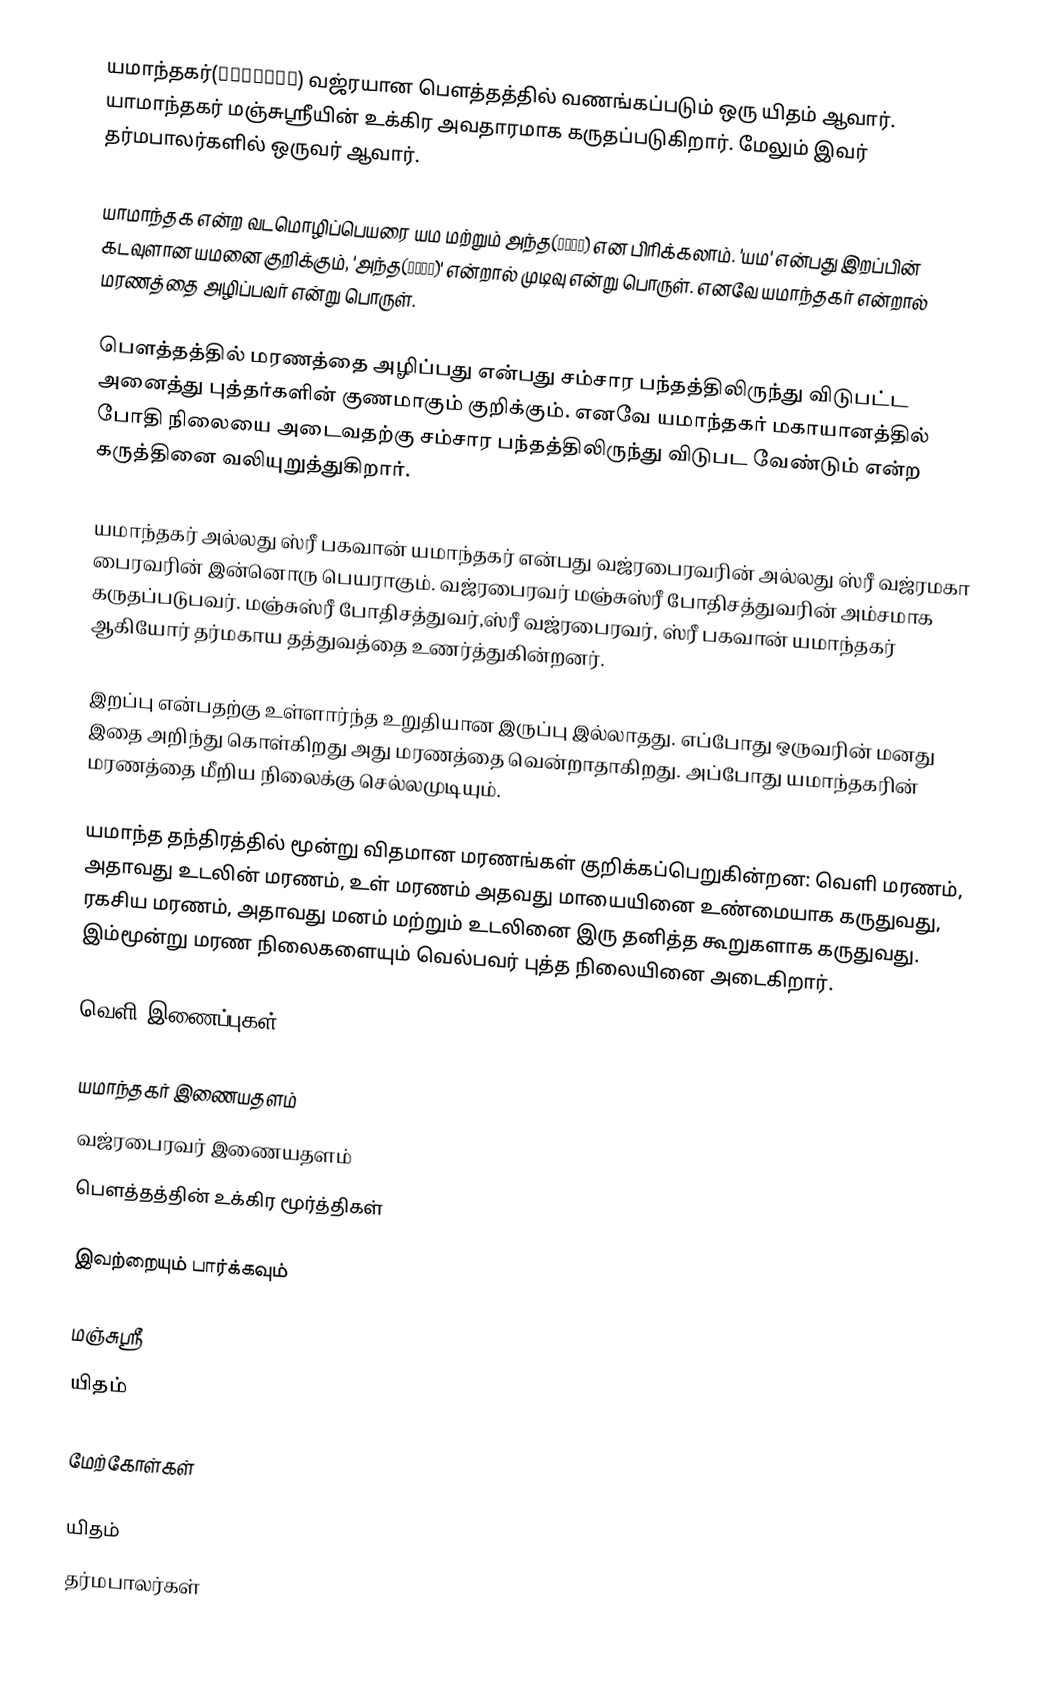
யமாந்தகர்(यमान्तक) வஜ்ரயான பௌத்தத்தில் வணங்கப்படும் ஒரு யிதம் ஆவார். யாமாந்தகர் மஞ்சுஸ்ரீயின் உக்கிர அவதாரமாக கருதப்படுகிறார். மேலும் இவர் தர்மபாலர்களில் ஒருவர் ஆவார்.

யாமாந்தக என்ற வடமொழிப்பெயரை யம மற்றும் அந்த(अन्त) என பிரிக்கலாம். 'யம' என்பது இறப்பின் கடவுளான யமனை குறிக்கும், 'அந்த(अन्त)' என்றால் முடிவு என்று பொருள். எனவே யமாந்தகர் என்றால் மரணத்தை அழிப்பவர் என்று பொருள்.

பௌத்தத்தில் மரணத்தை அழிப்பது என்பது சம்சார பந்தத்திலிருந்து விடுபட்ட அனைத்து புத்தர்களின் குணமாகும் குறிக்கும். எனவே யமாந்தகர் மகாயானத்தில் போதி நிலையை அடைவதற்கு சம்சார பந்தத்திலிருந்து விடுபட வேண்டும் என்ற கருத்தினை வலியுறுத்துகிறார்.

யமாந்தகர் அல்லது ஸ்ரீ பகவான் யமாந்தகர் என்பது வஜ்ரபைரவரின் அல்லது ஸ்ரீ வஜ்ரமகா பைரவரின் இன்னொரு பெயராகும். வஜ்ரபைரவர் மஞ்சுஸ்ரீ போதிசத்துவரின் அம்சமாக கருதப்படுபவர். மஞ்சுஸ்ரீ போதிசத்துவர்,ஸ்ரீ வஜ்ரபைரவர், ஸ்ரீ பகவான் யமாந்தகர் ஆகியோர் தர்மகாய தத்துவத்தை உணர்த்துகின்றனர்.

இறப்பு என்பதற்கு உள்ளார்ந்த உறுதியான இருப்பு இல்லாதது. எப்போது ஒருவரின் மனது இதை அறிந்து கொள்கிறது அது மரணத்தை வென்றாதாகிறது. அப்போது யமாந்தகரின் மரணத்தை மீறிய நிலைக்கு செல்லமுடியும்.

யமாந்த தந்திரத்தில் மூன்று விதமான மரணங்கள் குறிக்கப்பெறுகின்றன: வெளி மரணம், அதாவது உடலின் மரணம், உள் மரணம் அதவது மாயையினை உண்மையாக கருதுவது, ரகசிய மரணம், அதாவது மனம் மற்றும் உடலினை இரு தனித்த கூறுகளாக கருதுவது. இம்மூன்று மரண நிலைகளையும் வெல்பவர் புத்த நிலையினை அடைகிறார்.

வெளி இணைப்புகள்

 யமாந்தகர் இணையதளம்
 வஜ்ரபைரவர் இணையதளம்
 பௌத்தத்தின் உக்கிர மூர்த்திகள்

இவற்றையும் பார்க்கவும்

மஞ்சுஸ்ரீ
யிதம்

மேற்கோள்கள்

யிதம்
தர்மபாலர்கள்